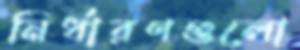
নির্ধারণগুলো